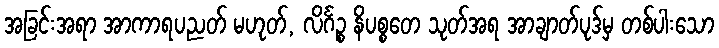
အခြင်းအရာ အာကာရပညတ် မဟုတ်, လိင်္ဂဉ္စ နိပစ္စတေ သုတ်အရ အာချာတ်ပုဒ်မှ တစ်ပါးသော